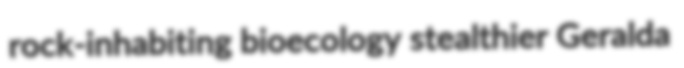
rock-inhabiting bioecology stealthier Geralda